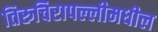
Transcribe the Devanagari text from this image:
तिरुचिरापल्लीमधील